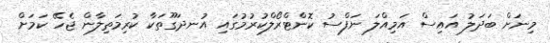
މިނަށް ބަދަލު އައިސް އަމިއްލަ ނަފްސު ކޮންޓްރޯލްކުރުމުގައި އުނދަގޫތަކާ ކުރިމަތިލާން ޖެހޭ ކަމަށް